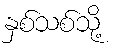
နှစ်သစ်သို့